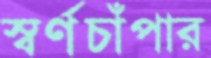
স্বর্ণচাঁপার